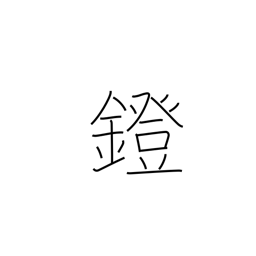
Meaning: stirrup